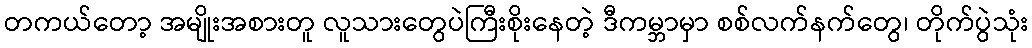
တကယ်တော့ အမျိုးအစားတူ လူသားတွေပဲကြီးစိုးနေတဲ့ ဒီကမ္ဘာမှာ စစ်လက်နက်တွေ၊ တိုက်ပွဲသုံး